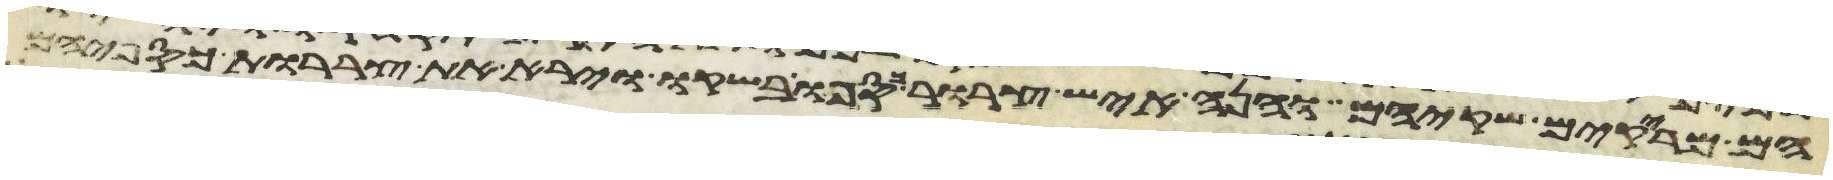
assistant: הם מריקים שקיהם והנה איש צרור כספו בשקו ויראו את צררות כספיהם